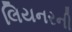
લિયનરની